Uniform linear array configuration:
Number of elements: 64
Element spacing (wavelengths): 1
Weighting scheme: binomial
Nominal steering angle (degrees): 30
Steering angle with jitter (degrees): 28.788
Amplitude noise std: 0.05
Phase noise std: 0.05

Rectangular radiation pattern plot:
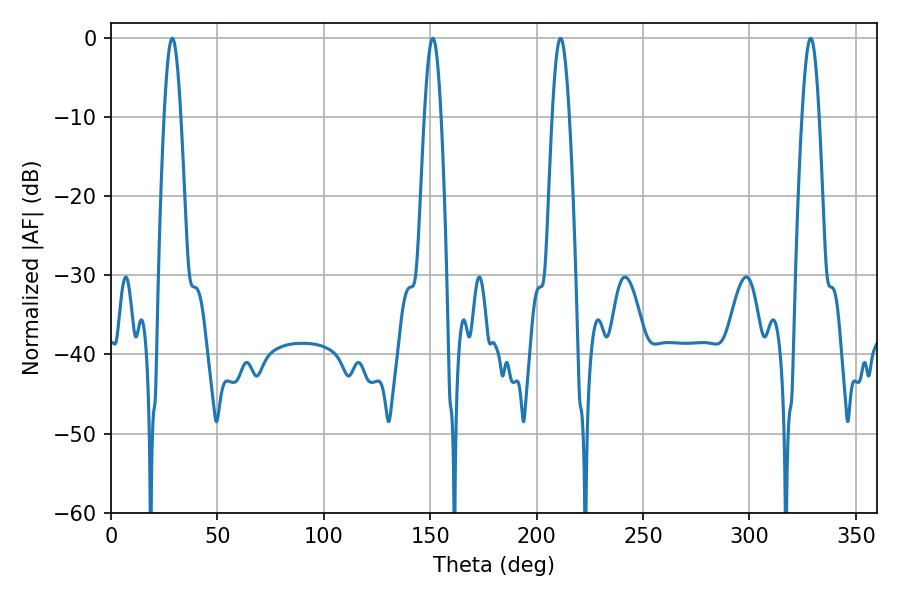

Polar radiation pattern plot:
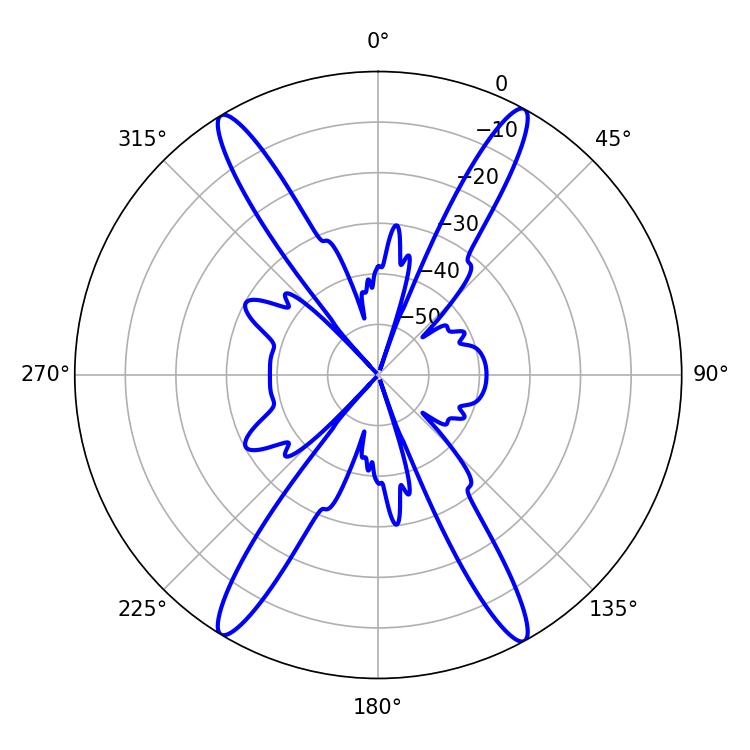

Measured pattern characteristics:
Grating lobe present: TRUE
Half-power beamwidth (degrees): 4.32
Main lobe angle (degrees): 28.8